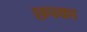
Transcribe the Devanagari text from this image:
छपका